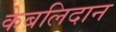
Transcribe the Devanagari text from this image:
केबलिदान